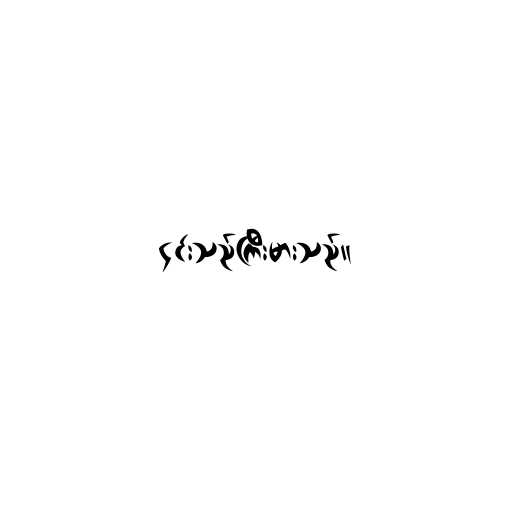
၎င်းသည်ကြီးမားသည်။